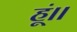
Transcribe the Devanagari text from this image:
हूं।।